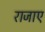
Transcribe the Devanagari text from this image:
राजाए